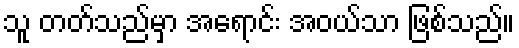
သူ တတ်သည်မှာ အရောင်း အဝယ်သာ ဖြစ်သည်။